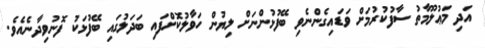
އަދި މަޢުލޫމާތު ސާފުކުރުމަށް ވަޑައިގެންނެވި ބޭފުޅުންނަށް ލިޔުން ހަވާލުކޮށްފައި ބަދަލުގައި ބޭފުޅަކު ފޮނުވިދާނެއެވެ.